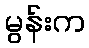
မွန်းက